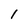
Character: 1